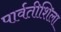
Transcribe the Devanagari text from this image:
पार्वतीशिला